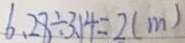
6 . 2 8 \div 3 . 1 4 = 2 ( m )